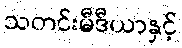
သတင်းမီဒီယာနှင့်